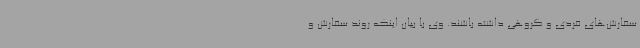
سفارش‌های فردی و گروهی داشته باشند. وی با بیان اینکه روند سفارش و